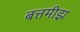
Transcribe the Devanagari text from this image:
बत्तमीझ